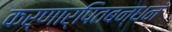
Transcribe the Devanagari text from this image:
कर्णार्पितबन्धनं